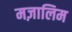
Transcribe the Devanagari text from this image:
मज़ालिम